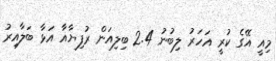
މިއީ އޭގެ ކުރީ އަހަރު ލިބުނު 2.4 ބިލިއަން ރުފިޔާއާ އަޅާ ބަލާއިރު